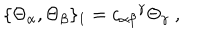
\{ \Theta _ { \alpha } , \Theta _ { \beta } \} _ { 1 } = { c _ { \alpha \beta } } ^ { \gamma } \Theta _ { \gamma } \ ,